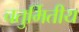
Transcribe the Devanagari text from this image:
चतुर्मितीय